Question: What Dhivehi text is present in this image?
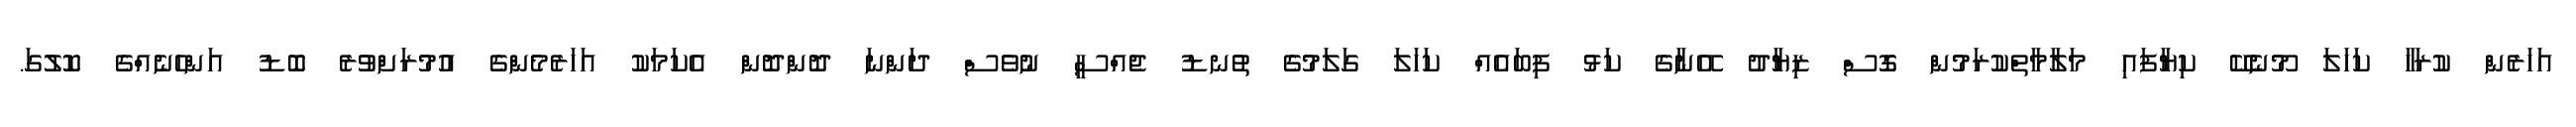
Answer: އަހަރެން ކުރަހާ ކަހަލަ މޫނެކޭ ކިޔާފައި މަލާމާތްކުރަމުން ގޮސް ޒިޔާދު އޭނާގެ ކަޅު ފިބައެއް ކަހަލަ ގަލަމުގެ ތުނޑު ޖެއްސީ ނުވެސް ދަންނަ ދޮންދޮން އެކަމަކު އަހަރެމެންގެ އުމުރަށްވުރެ ބޮޑު އަންހެނެއްގެ ކޮލުގަ.